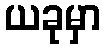
ယခုမှာ